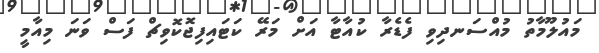
މައުލޫމާތު މުއްސަނދިވި ފެޑެރާ ކުއާޓާ އަށް މަރޭ ކަޓައިފިޖޮކޮވިޗް ފަސް ވަނަ މިއާމީ